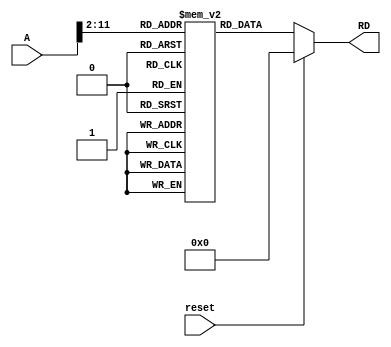
module Instr_Mem(A, RD, reset);
	//input-output declaration
	input [31:0] A;
	input reset;
	output [31:0] RD;
	
	//memory declaration
	reg [31:0] Mem [1023:0]; //1024 registers, each of size 32 bits
	
	//assign keyword used for wire data types for continuous assignement in combinational circuit; inherently non-blocking; blocking/non- blocking in sequential
	assign RD = (!reset) ? Mem[A[31:2]] : 32'h00000000;
	
	initial begin
		Mem[0] = 32'hFFC4A303;
		//$readmemh("memfile.hex", Mem) //reading instructions from hexfile
	end
	
	
	
endmodule